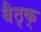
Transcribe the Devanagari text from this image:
बैठ्क्